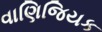
વાણિજિયક